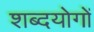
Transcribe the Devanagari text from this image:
शब्दयोगों